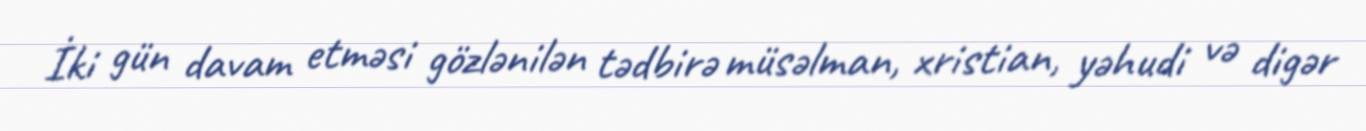
İki gün davam etməsi gözlənilən tədbirə müsəlman, xristian, yəhudi və digər